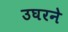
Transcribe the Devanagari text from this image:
उघरने